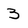
Character: 3